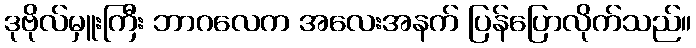
ဒုဗိုလ်မှူးကြီး ဘာဂလေက အလေးအနက် ပြန်ပြောလိုက်သည်။